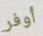
أوفر